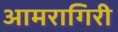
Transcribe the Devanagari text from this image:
आमरागिरी